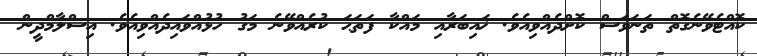
ކޮއްޓެވޭނެގޮތް ތަނަވަސް ކޮށްދެއްވިއެވެ. ޚައިބަރާއި މައްކާ ފަތަޙަ ކުރެއްވޭނެ މަގު ހުޅުއްވައިދެއްވިއެވެ. އިސްލާމްދީން